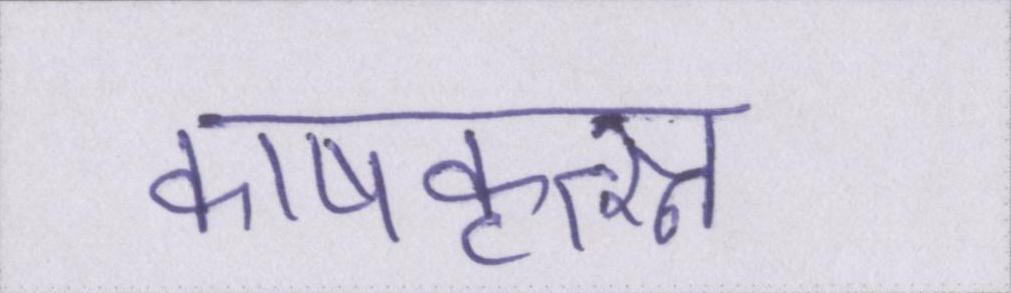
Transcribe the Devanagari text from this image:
काषकृत्स्न